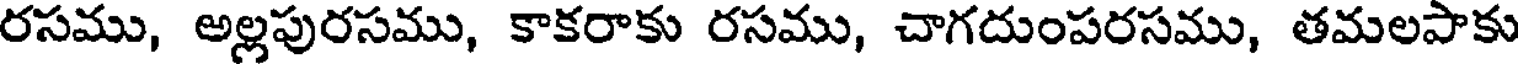
రసము, అల్లపురసము, కాకరాకు రసము, చాగదుంపరసము, తమలపాకు